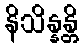
နိသိန္နန္တိ